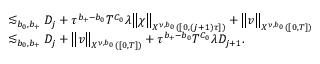
\begin{array} { r l } { \, } & { \lesssim _ { b _ { 0 } , b _ { + } } D _ { j } + \tau ^ { b _ { + } - b _ { 0 } } T ^ { C _ { 0 } } \lambda \big \| \chi \big \| _ { X ^ { \nu , b _ { 0 } } ( [ 0 , ( j + 1 ) \tau ] ) } + \big \| v \big \| _ { X ^ { \nu , b _ { 0 } } ( [ 0 , T ] ) } } \\ & { \lesssim _ { b _ { 0 } , b _ { + } } D _ { j } + \big \| v \big \| _ { X ^ { \nu , b _ { 0 } } ( [ 0 , T ] ) } + \tau ^ { b _ { + } - b _ { 0 } } T ^ { C _ { 0 } } \lambda D _ { j + 1 } . } \end{array}